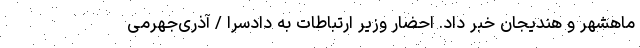
ماهشهر و هندیجان خبر داد. احضار وزیر ارتباطات به دادسرا / آذری‌جهرمی